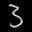
Label: 3